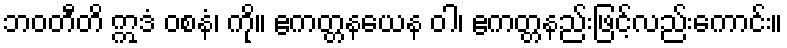
ဘဝတီတိ ဣဒံ ဝစနံ၊ ကို။ ဧကတ္တနယေန ဝါ၊ ဧကတ္တနည်းဖြင့်လည်းကောင်း။